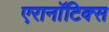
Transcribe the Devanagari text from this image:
एरानाॅटिक्स